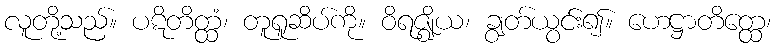
လူတို့သည်။ ပဋိတိတ္ထံ၊ တူရူဆိပ်ကို။ ဝိရဇ္ဈိယ၊ ချွတ်ယွင်း၍။ ဟေဋ္ဌာတိတ္ထေ၊